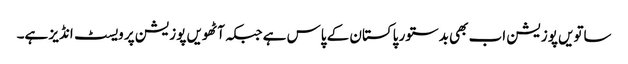
ساتویں پوزیشن اب بھی بدستور پاکستان کے پاس ہے جبکہ آٹھویں پوزیشن پر ویسٹ انڈیز ہے۔